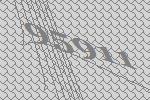
95911